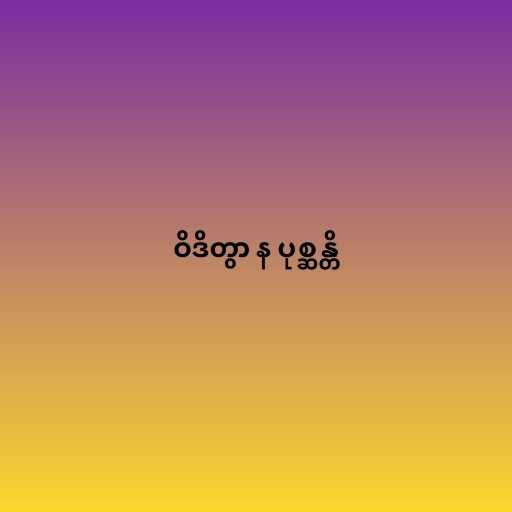
ဝိဒိတွာ န ပုစ္ဆန္တိ